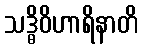
သဒ္ဓိဝိဟာရိနာတိ